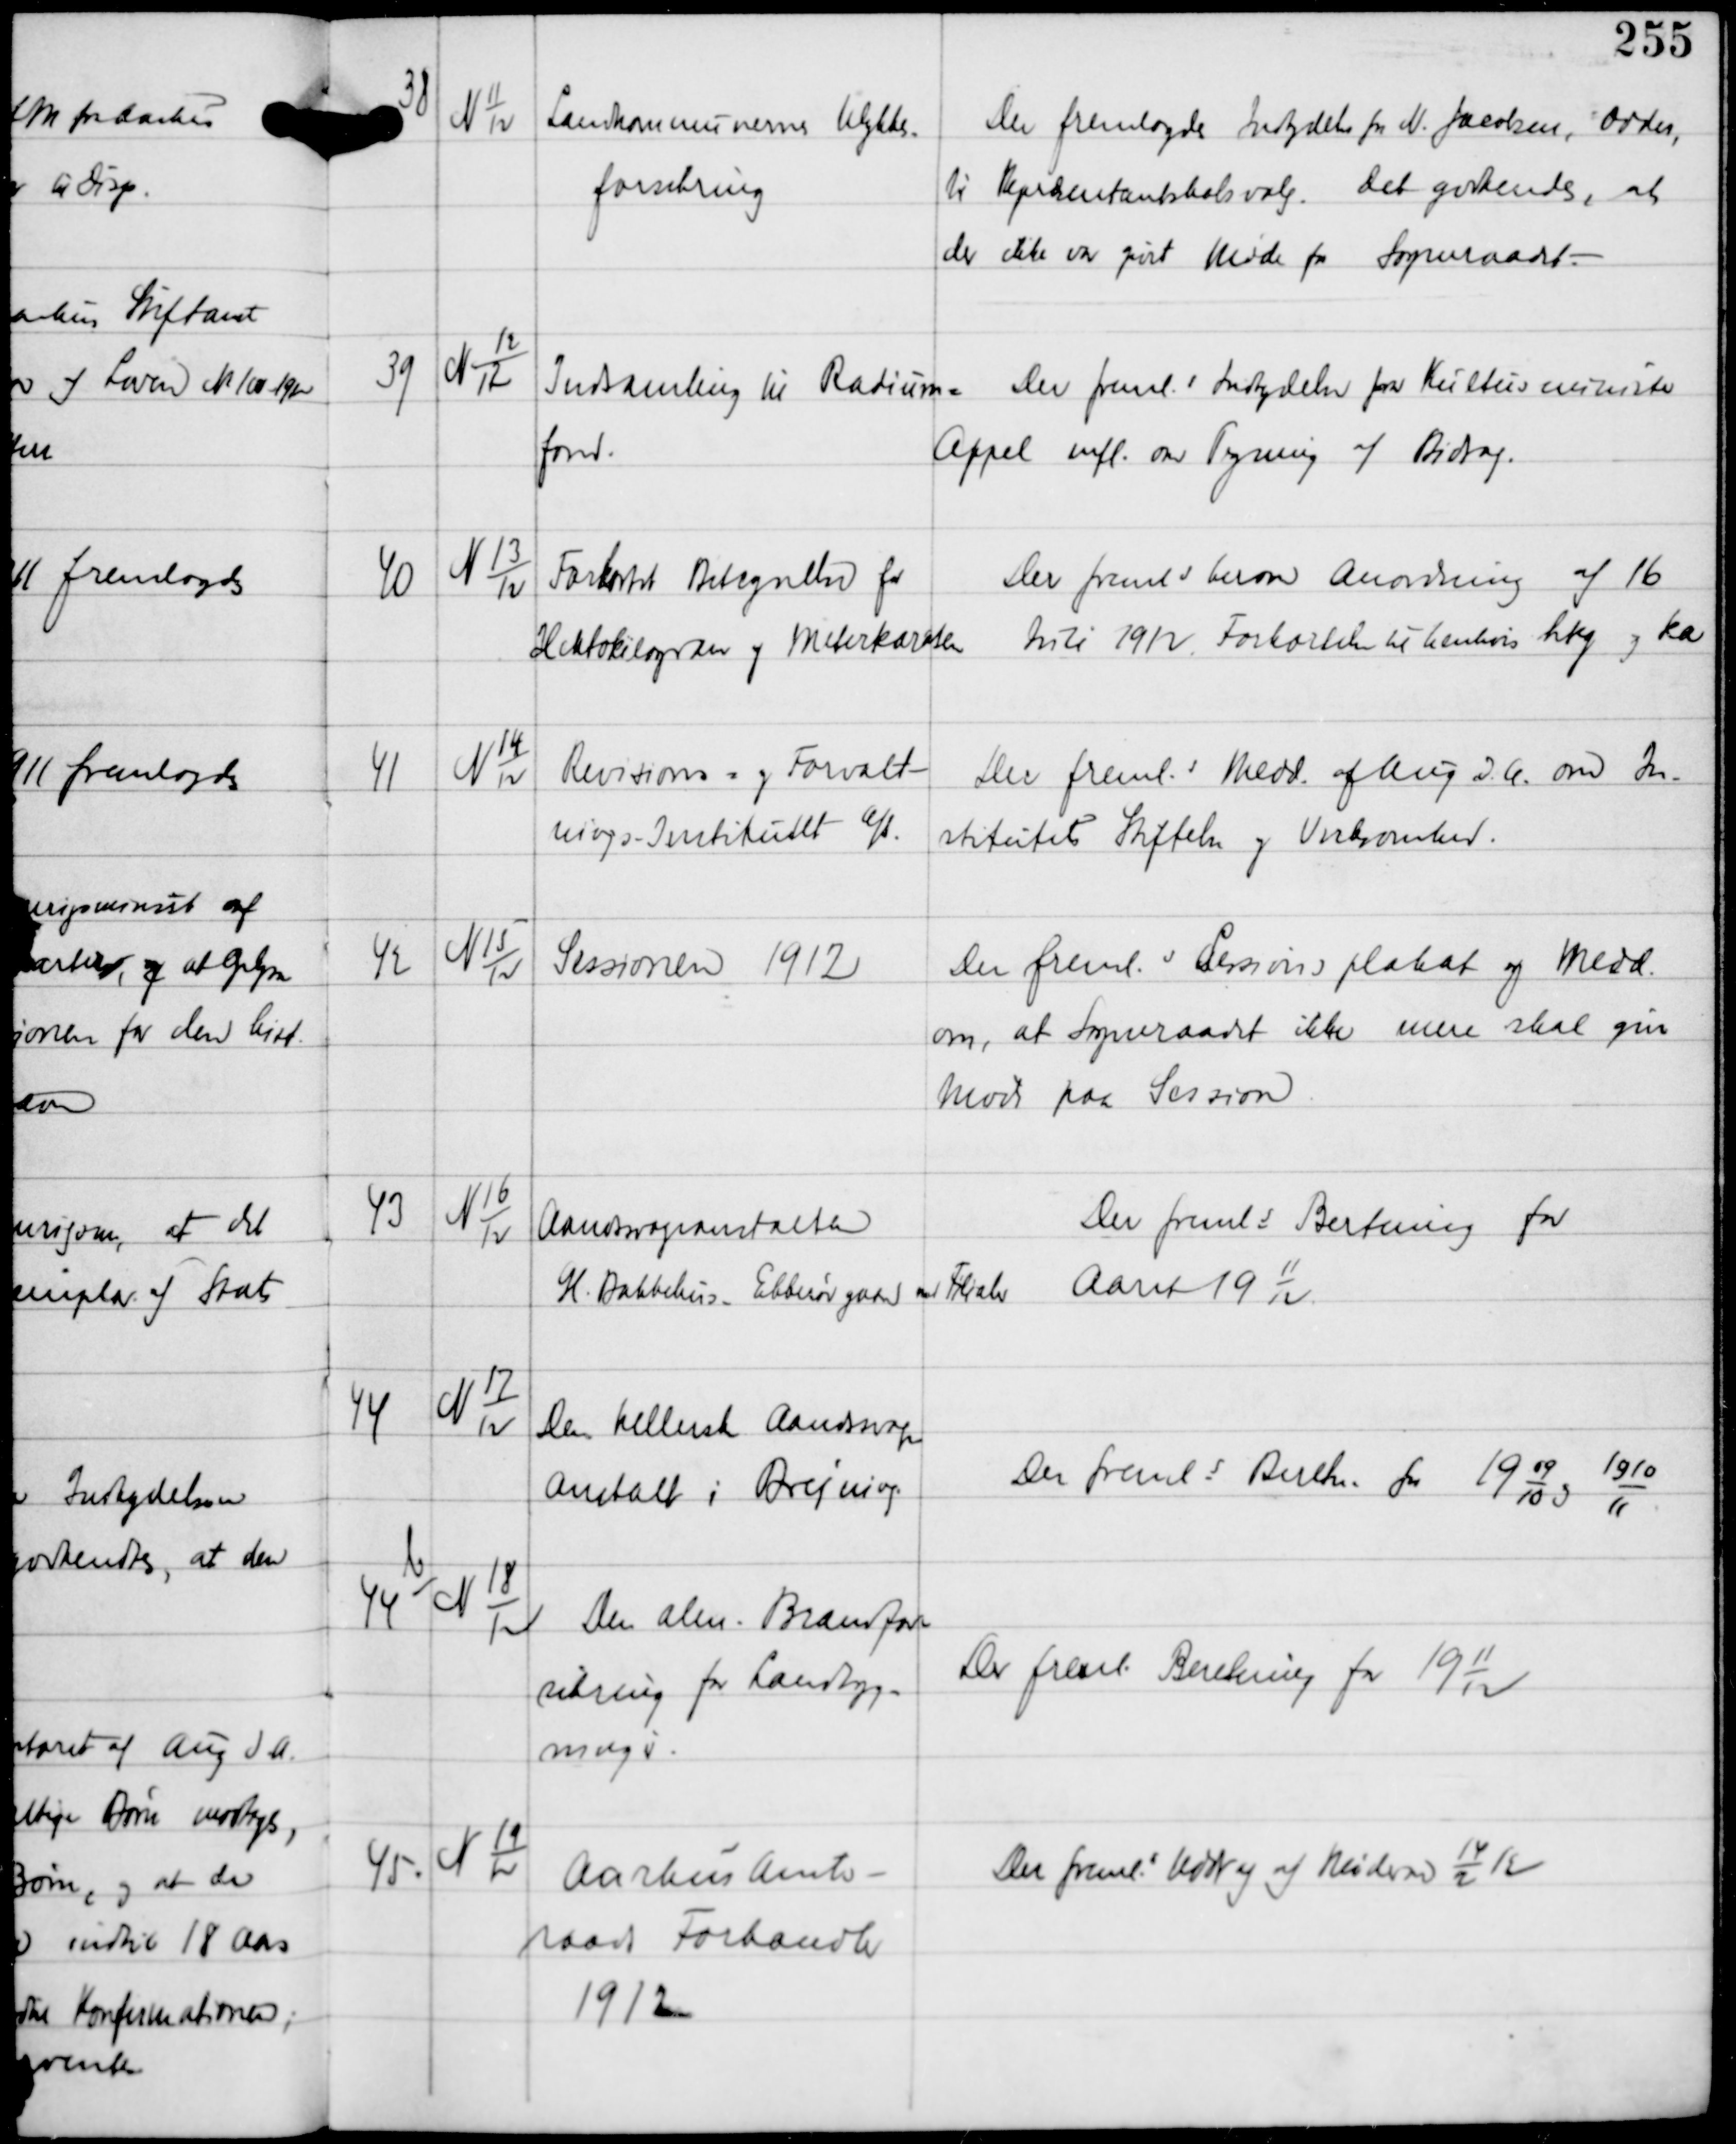
Transskription:
38

N 11
12

Landkommunernes Ulykkes-
forsikring

Der fremlagdes indbydelse fra N. Jacobsen, Odder,
til Repræsentantskabsvalg. Det godkendtes, at
der ikke var givet Møde fra Sogneraadet. -

39

N 12
12

Indsamling til Radium-
fond.

Der fremls Indbydelse fra Kulturminister
Appel mfl om Tegning af Bidrag.

40

N 13
12

Forkortet Betegnelse for
Hektokilogram og Meterkarsten

Der fremls herom Anmodning af 16
Juli 1912. Forkortelse til henhvis hkg og ka

41

N 14
12

Revisions- og Forvalt-
nings - Institutet Afd.

Der fremls Medd af Aug 26 om In-
stitutets Stiftelse og Virksomhed.

42

N 15
12

Sessionen 1912

Der fremls Sessionsplakat og Medd
om, at Sogneraadet ikke mere skal give
Møde paa Session

43

N 16
12

Aandsvageanstalten
Gl. Bakkehus - Ebberødgaard med Filialer

Der fremls Beretning for
Aaret 19
11
12

44

N 17
12

Den kellerske Aandsvage-
anstalt i Brejning.

Der fremls Beretn for
19
09
10
og
1910
11

44

b
N 18
12

Den alm Brandfor-
sikring for Landbyg-
ninger.

Der freml. Beretning for 19
11
12

45.

N 19
12

Aarhus Amts-
raad Forhandln
1912

Der fremls Uddrag af Møderne
14
2
12